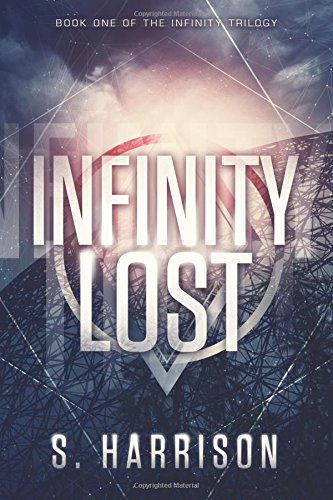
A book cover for Infinity Lost (The Infinity Trilogy); S. Harrison; Science Fiction & Fantasy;